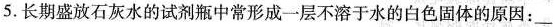
5.长期盛放石灰水的试剂瓶中常形成一层不溶于水的白色固体的原因：___